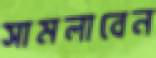
সামলাবেন